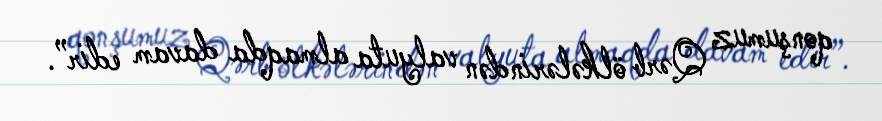
qonşumuz Qərb ölkələrindən valyuta almaqda davam edir”.